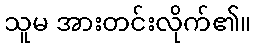
သူမ အားတင်းလိုက်၏။